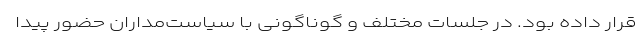
قرار داده بود. در جلسات مختلف و گوناگونی با سیاست‌مداران حضور پیدا